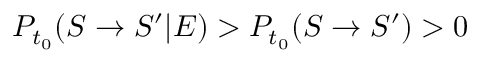
P _ { t _ { 0 } } ( S \rightarrow S ^ { \prime } | E ) > P _ { t _ { 0 } } ( S \rightarrow S ^ { \prime } ) > 0